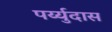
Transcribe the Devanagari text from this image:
पर्य्युदास